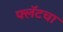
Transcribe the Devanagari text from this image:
फ्लॅटचा